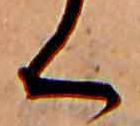
く